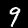
Digit: 9